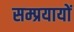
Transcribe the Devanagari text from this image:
सम्प्रयायों